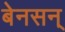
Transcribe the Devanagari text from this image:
बेनसन्